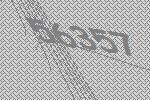
56357